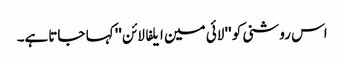
اس روشنی کو '' لائی مین ایلفا لائن '' کہا جاتاہے۔